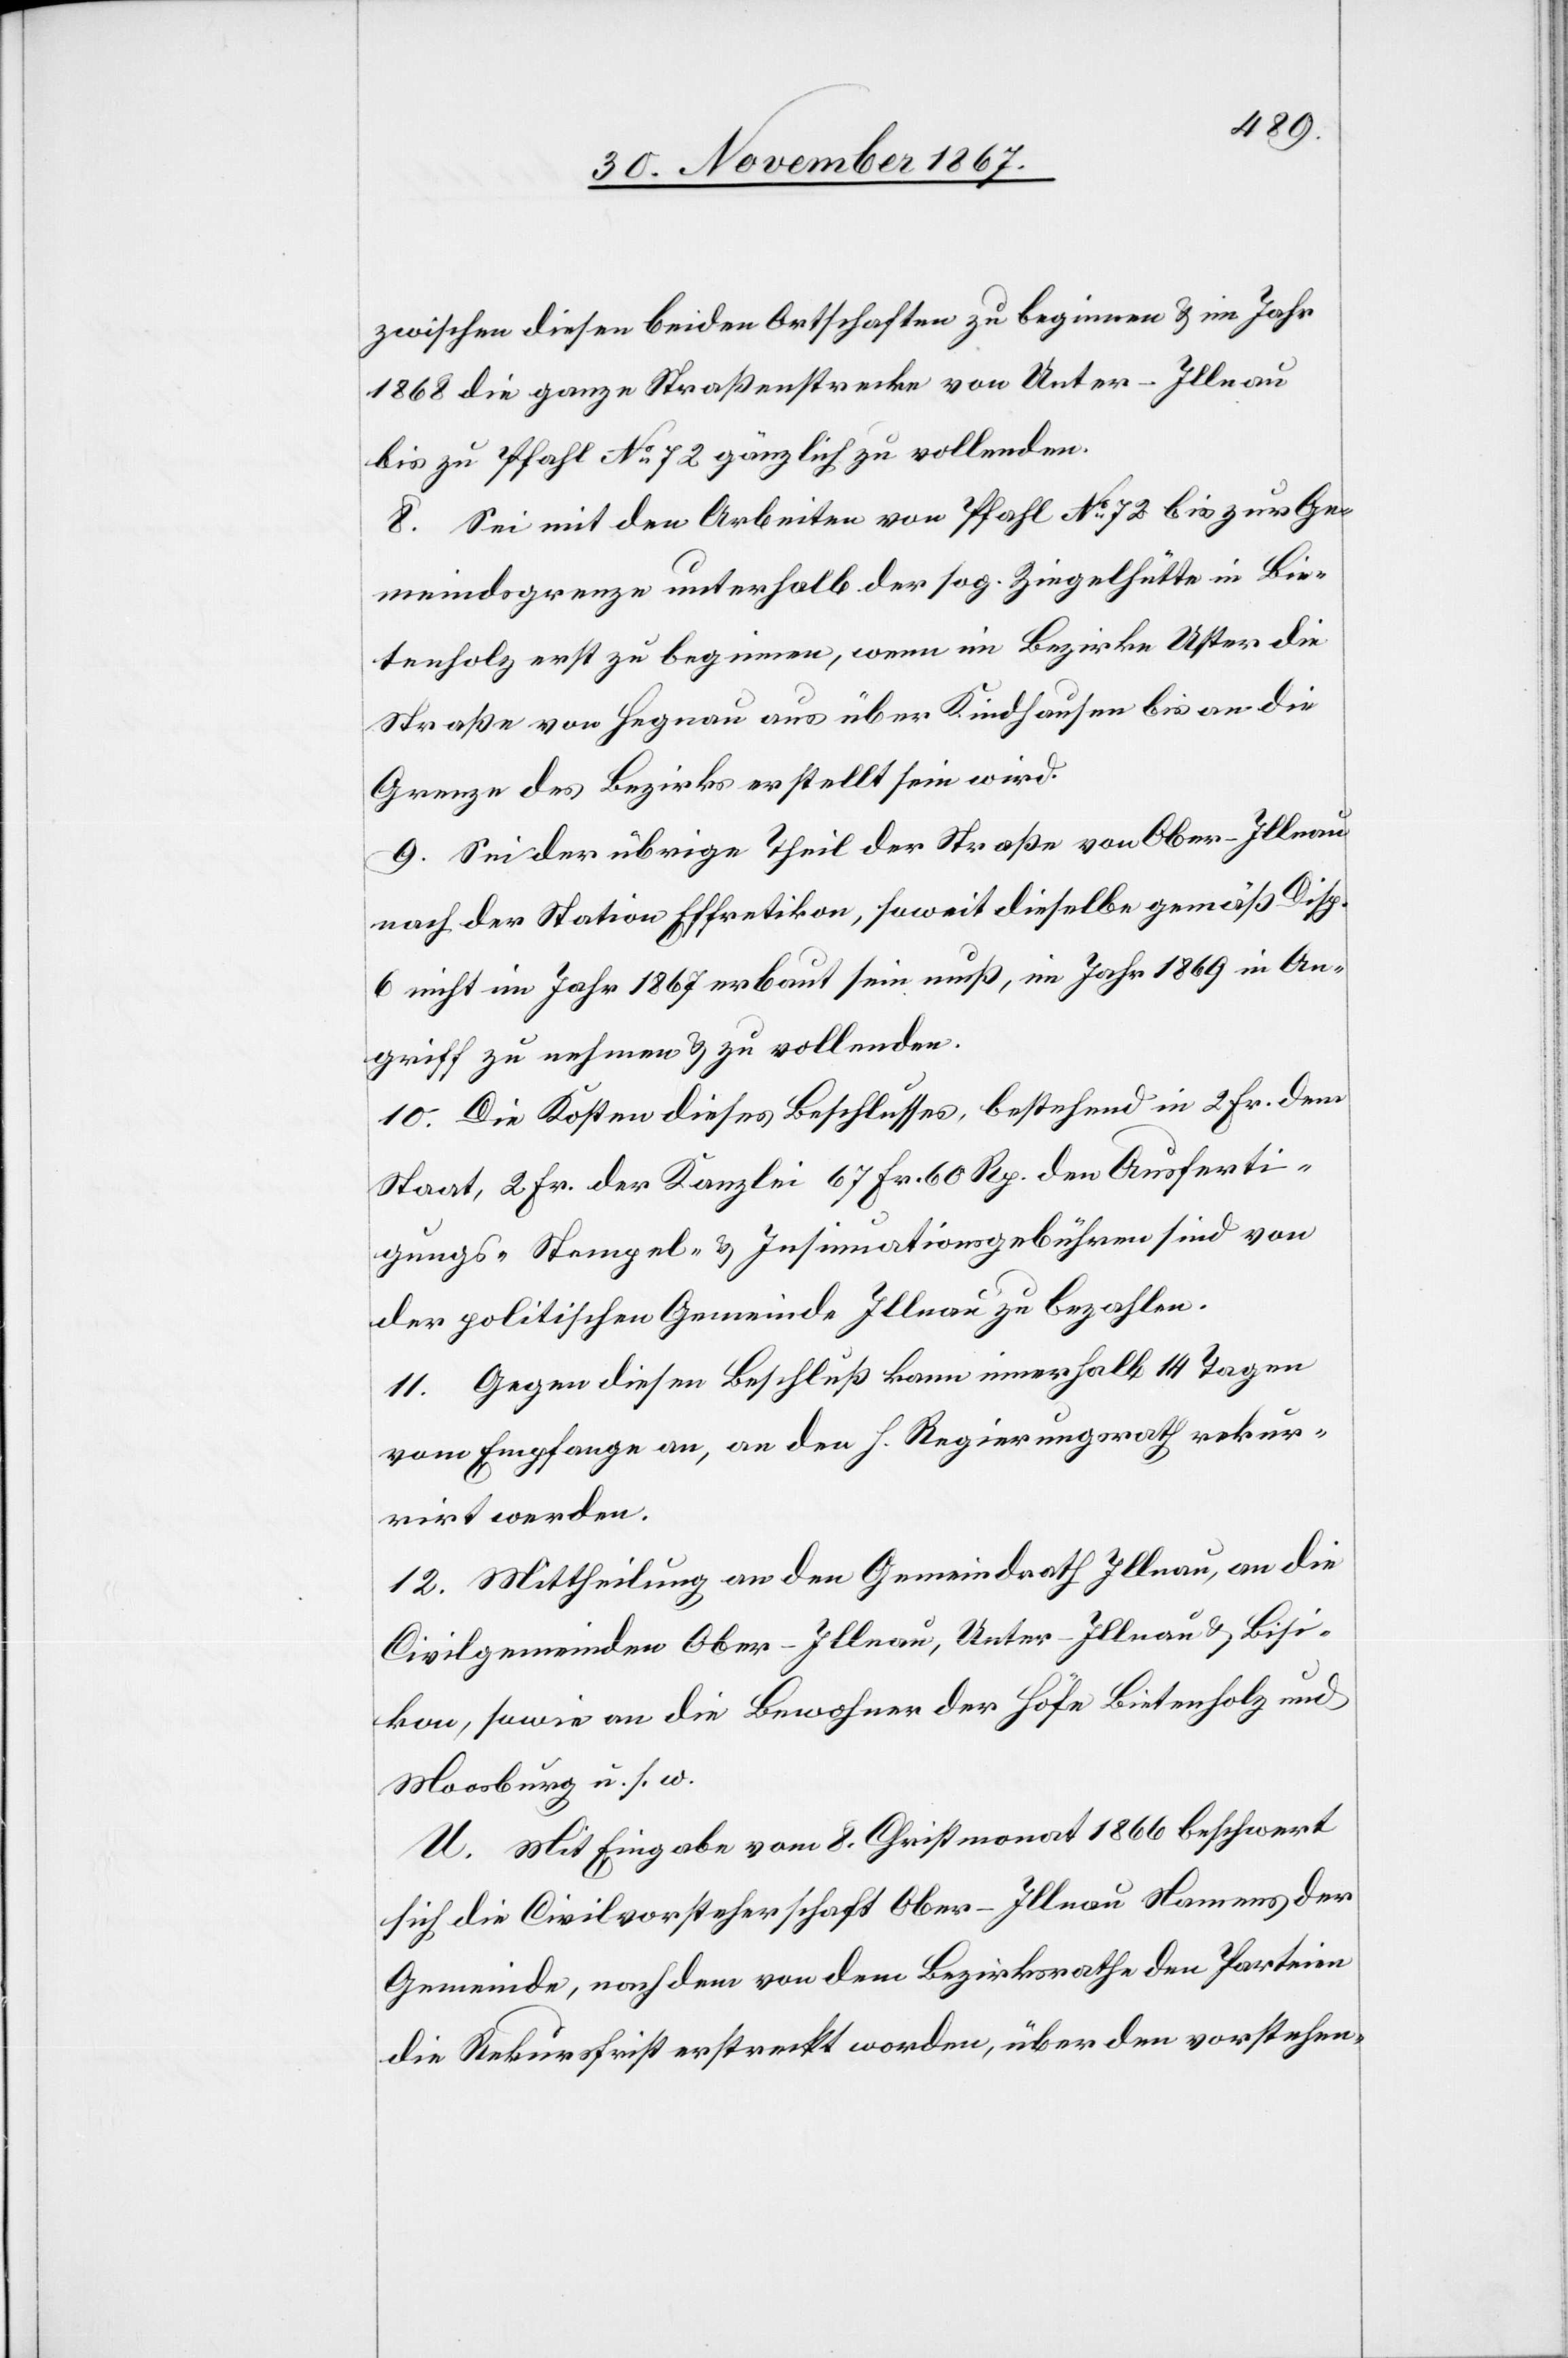
zwischen diesen beiden Ortschaften zu beginnen u. im Jahr
1868 die ganze Straßenstrecke von Unter-Illnau
bis zu Pfahl No. 72 gänzlich zu vollenden.
8. Sei mit den Arbeiten von Pfahl No. 72 bis zur Ge¬
meindsgrenze unterhalb der sog. Ziegelhütte in Bie¬
tenholz erst zu beginnen, wenn im Bezirke Uster die
Straße von Hegnau aus über Kindhausen bis an die
Grenze des Bezirks erstellt sein wird.
9. Sei der übrige Theil der Straße von Ober-Illnau
nach der Station Effretikon, soweit dieselbe gemäß Disp.
6 nicht im Jahr 1867 erbaut sein muß, im Jahr 1869 in An¬
griff zu nehmen u. zu vollenden.
10. Die Kosten dieses Beschlusses, bestehend in 2 Fr. dem
Staat, 2 Fr. der Kanzlei[,] 67 Fr. 60 Rp. den Ausferti¬
gungs-[,] Stempel-[,] u. Insinuationsgebühren sind von
der politischen Gemeinde Illnau zu bezahlen.
11. Gegen diesen Beschluß kann innerhalb 14 Tagen
vom Empfange an, an den h. Regierungsrath rekur¬
rirt werden.
12. Mittheilung an den Gemeindrath Illnau, an die
Civilgemeinden Ober-Illnau, Unter-Illnau u. Bisi¬
kon, sowie an die Bewohner der Höfe Bietenholz und
U. Mit Eingabe vom 8. Christmonat 1866 beschwert
sich die Civilvorsteherschaft Ober-Illnau Namens der
Gemeinde, nach dem von dem Bezirksrathe den Parteien
die Rekursfrist erstreckt worden, über den vorstehen-